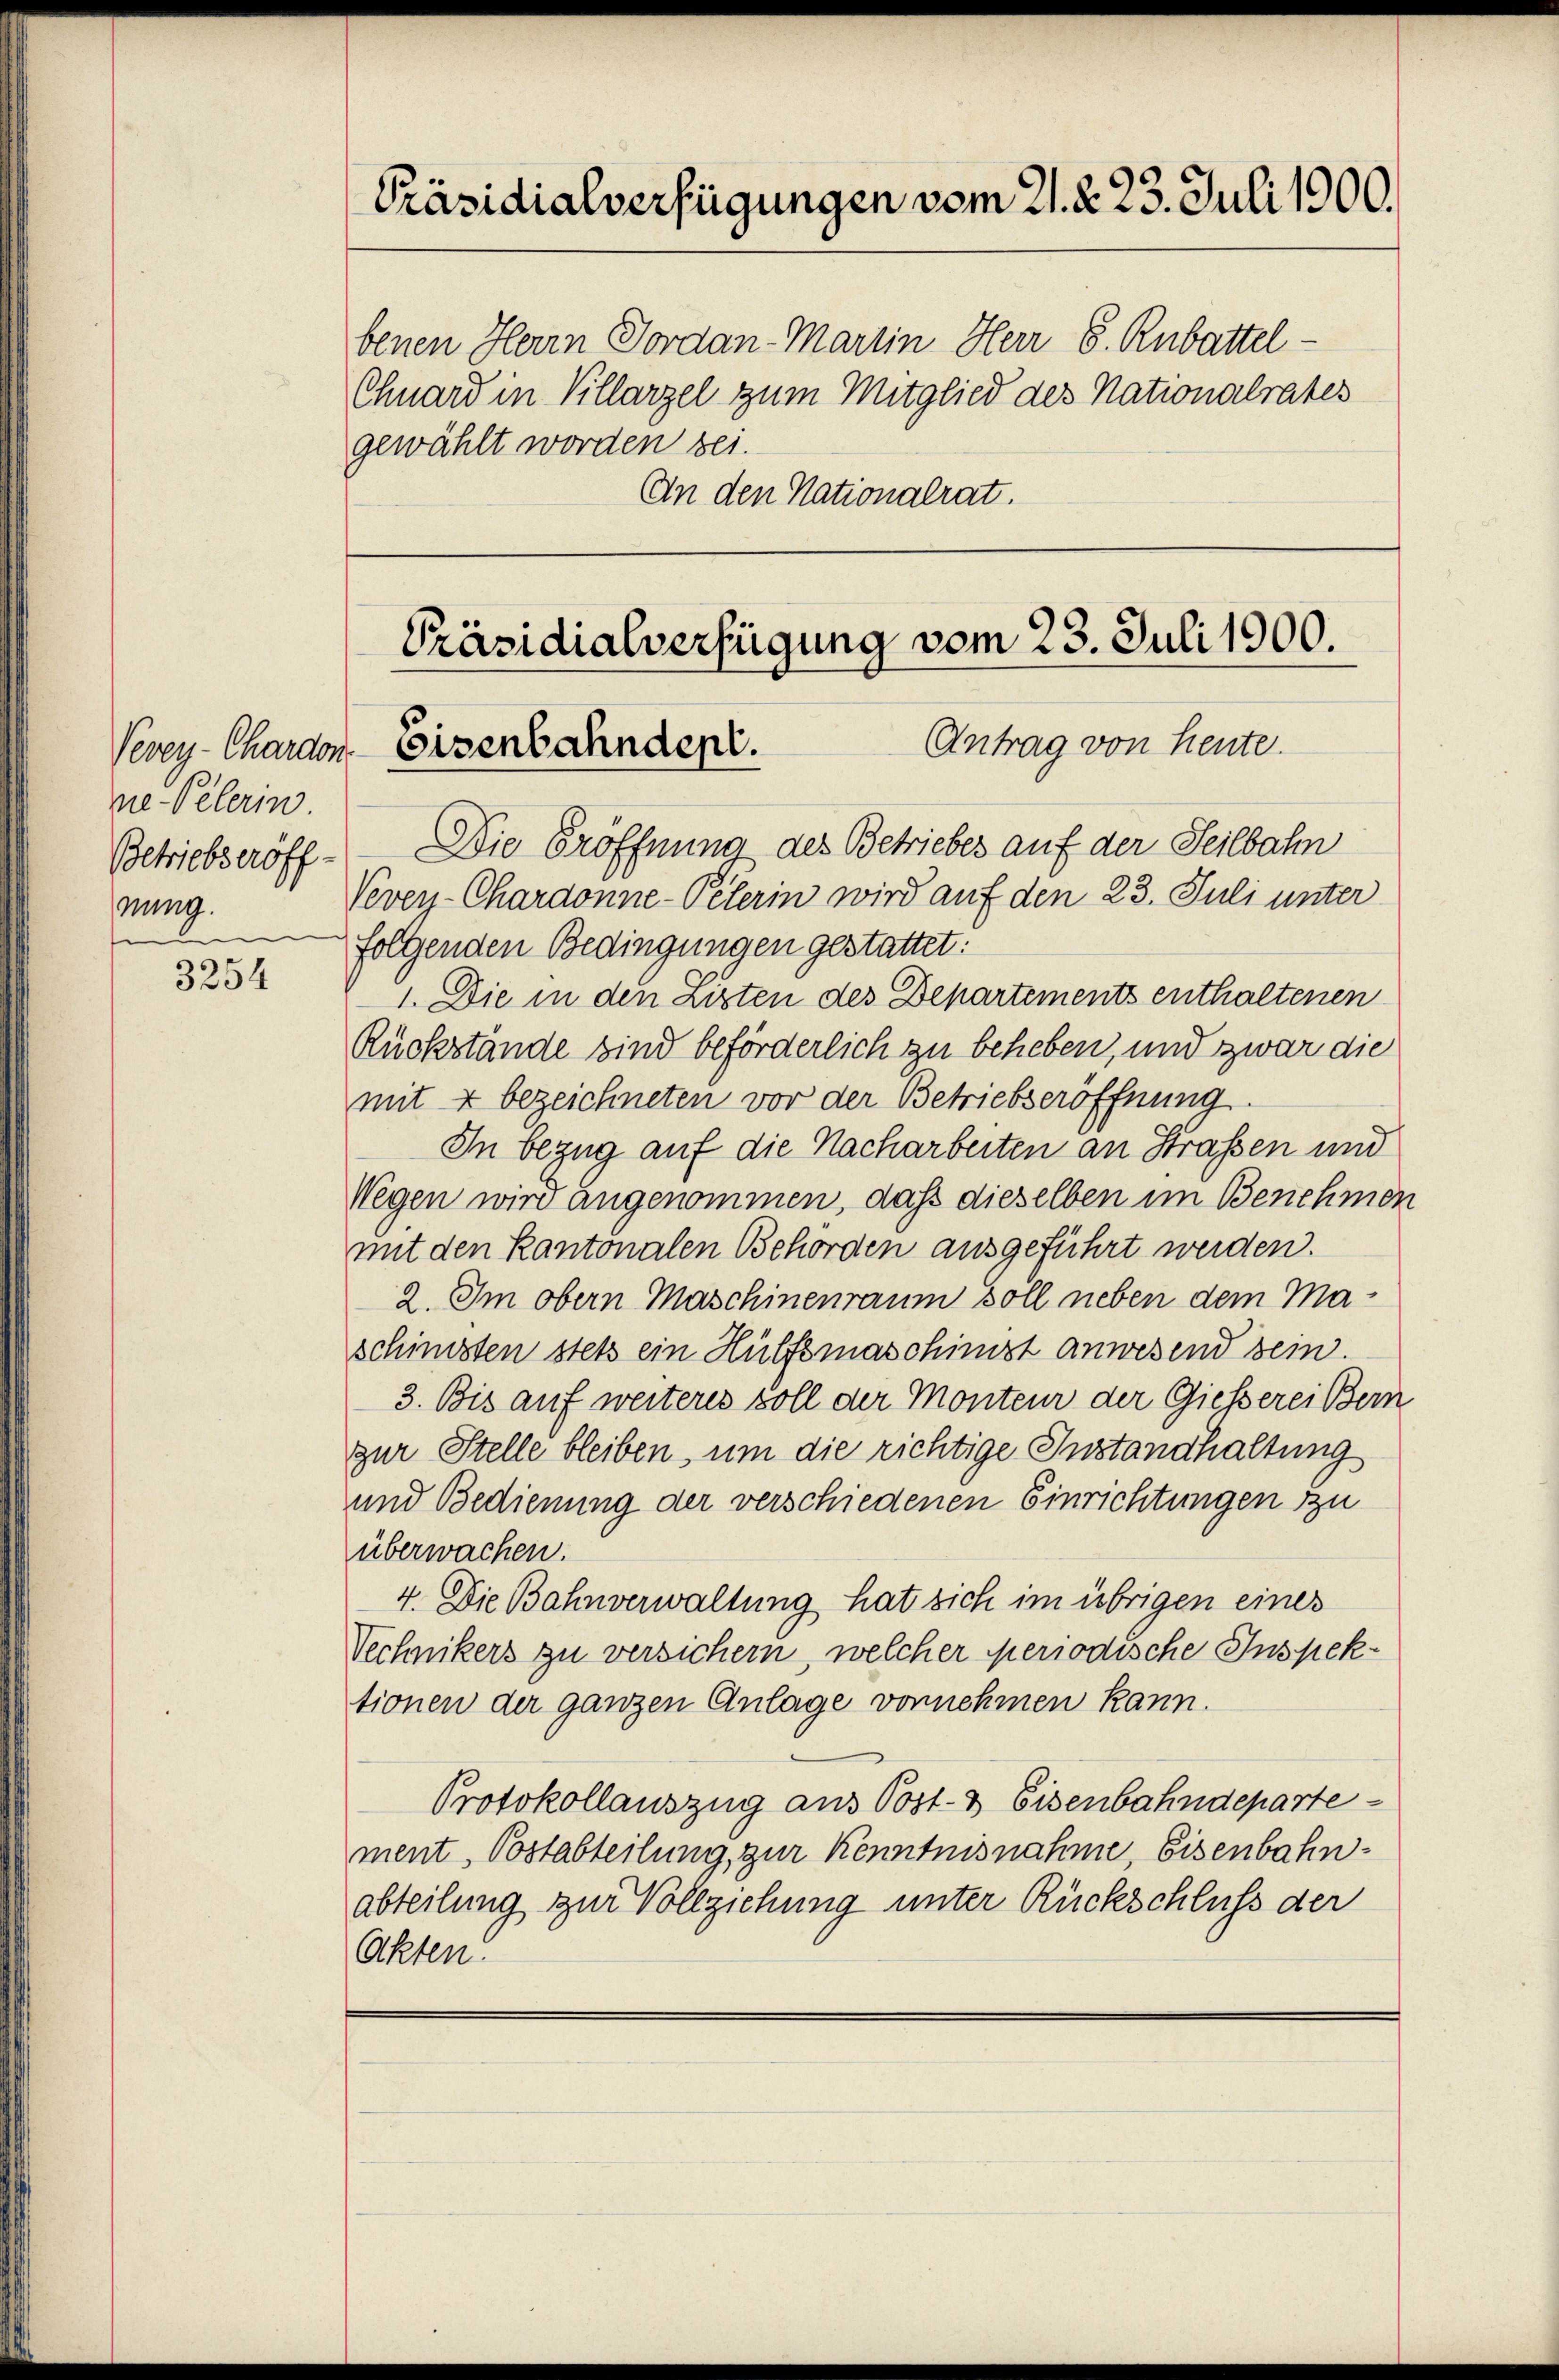
Vevey-Chardon
ne Pelerin
Betriebseröff
nung.
n
f

3254

Präsidialverfügungen vom 21. d. 23. Juli 1900.

benen Herrn Jordan-Martin Herr S. Rubattel-
Chnard in Villarzel zum Mitglied des Nationalrates
gewählt worden sei.
An den Nationalrat.

Präsidialverfügung vom 23. Juli 1900.
Antrag von heute.
Eisenbahndept.

Die Eröffnung des Betriebes auf der Seilbahn
Vevey-Chardonne-Peterin wird auf den 23. Juli unter
folgenden Bedingungen gestattet:
1. Die in den Listen des Departements enthaltenen
Rückstände sind beförderlich zu behieben, und zwar die
mit 4 bezeichneten vor der Betriebseröffnung
In bezug auf die Nacharbeiten an Straßen und
Wegen wird angenommen, daß dieselben im Benehmen
mit den Kantonalen Behörden ausgeführt werden.
2. Im obern Maschinenraum soll neben dem Maschinisten stets ein Hülfsmaschinist anwesend sein
3. Bis auf weiteres soll der Monteur der Giesserei Bern
zur Stelle bleiben, um die richtige Instandhaltung
und Bedienung der verschiedenen Einrichtungen zu
überwachen.
4. Die Bahnverwaltung hat sich im übrigen eines
Vechnikers zu versichern, welcher periodische Inspektionen der ganzen Anlage vornehmen kann.
Protokollauszug aus Post- & Eisenbahndeparte
ment, Postabteilung, zur Kenntnisnahme Eisenbahnabteilung zur Vollziehung unter Rückschluss der
Akten.